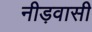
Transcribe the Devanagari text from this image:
नीड़वासी